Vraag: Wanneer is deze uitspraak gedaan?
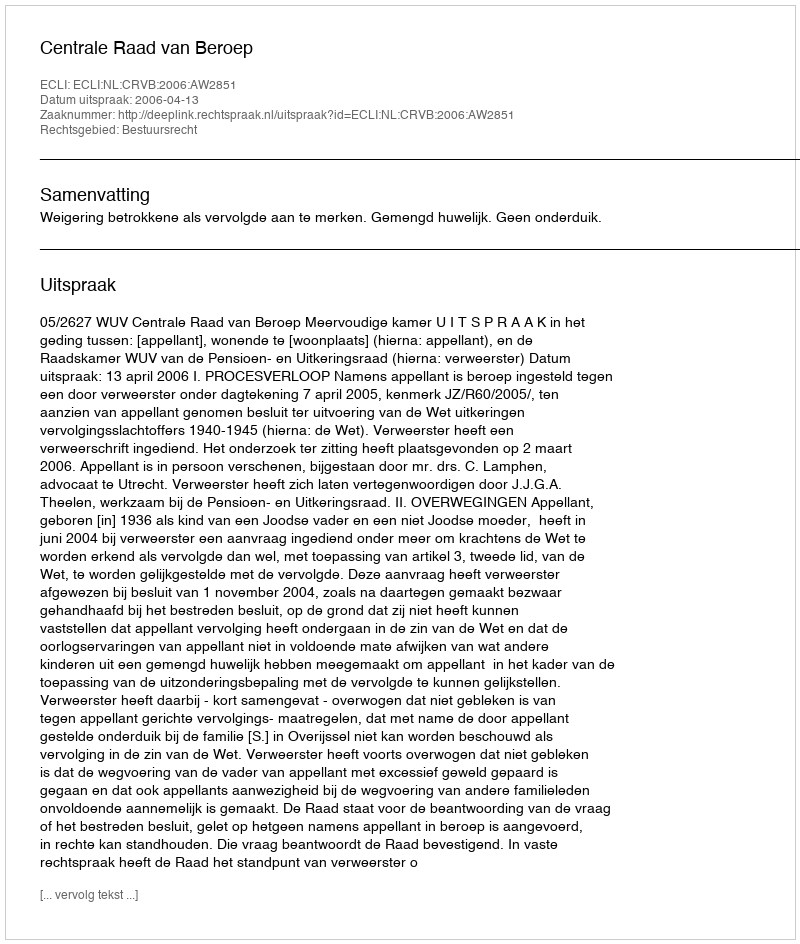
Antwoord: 2006-04-13